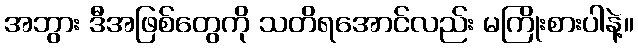
အဘွား ဒီအဖြစ်တွေကို သတိရအောင်လည်း မကြိုးစားပါနဲ့။